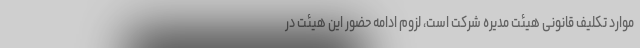
موارد تکلیف قانونی هیئت مدیره شرکت است، لزوم ادامه حضور این هیئت در